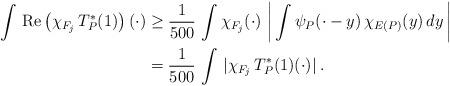
LaTeX: \begin{align*}\int\,\textrm{Re}\left(\chi_{F_j}\,T_{P}^{*}(1)\right)(\cdot)&\geq \frac{1}{500}\,\int\chi_{F_j}(\cdot)\,\left|\,\int \psi_{P}(\cdot-y)\,\chi_{E(P)}(y)\,dy\,\right|\\&=\frac{1}{500}\,\int\,|\chi_{F_j}\,T_{P}^{*}(1)(\cdot)|\:.\end{align*}